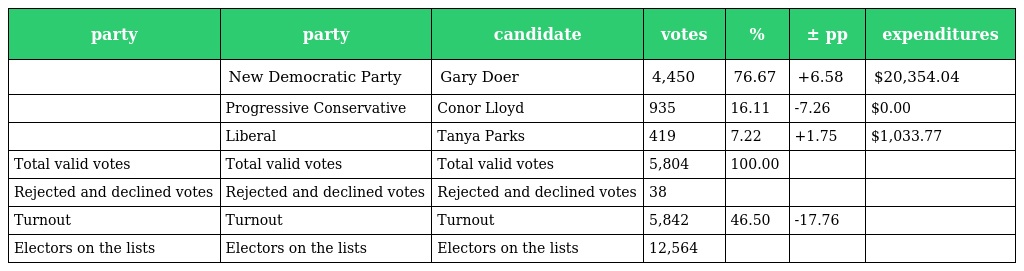
| party | party | candidate | votes | % | ± pp | expenditures |
 | --- | --- | --- | --- | --- | --- | --- |
 |  | New Democratic Party | Gary Doer | 4,450 | 76.67 | +6.58 | $20,354.04 |
 |  | Progressive Conservative | Conor Lloyd | 935 | 16.11 | -7.26 | $0.00 |
 |  | Liberal | Tanya Parks | 419 | 7.22 | +1.75 | $1,033.77 |
 | Total valid votes | Total valid votes | Total valid votes | 5,804 | 100.00 |  |  |
 | Rejected and declined votes | Rejected and declined votes | Rejected and declined votes | 38 |  |  |  |
 | Turnout | Turnout | Turnout | 5,842 | 46.50 | -17.76 |  |
 | Electors on the lists | Electors on the lists | Electors on the lists | 12,564 |  |  |  |